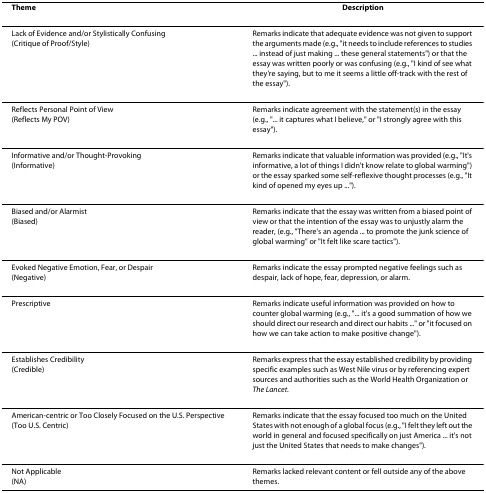
<table><thead><tr><td><b>Theme</b></td><td><b>Description</b></td></tr></thead><tbody><tr><td>Lack of Evidence and/or Stylistically Confusing(Critique of Proof/Style)</td><td>Remarks indicate that adequate evidence was not given to support the arguments made (e.g., &quot;it needs to include references to studies ... instead of just making ... these general statements&quot;) or that the essay was written poorly or was confusing (e.g., &quot;I kind of see what they&#x27;re saying, but to me it seems a little off-track with the rest of the essay&quot;).</td></tr><tr><td>Reflects Personal Point of View(Reflects My POV)</td><td>Remarks indicate agreement with the statement(s) in the essay (e.g., &quot;... it captures what I believe,&quot; or &quot;I strongly agree with this essay&quot;).</td></tr><tr><td>Informative and/or Thought-Provoking(Informative)</td><td>Remarks indicate that valuable information was provided (e.g., &quot;It&#x27;s informative, a lot of things I didn&#x27;t know relate to global warming&quot;) or the essay sparked some self-reflexive thought processes (e.g., &quot;It kind of opened my eyes up ...&quot;).</td></tr><tr><td>Biased and/or Alarmist(Biased)</td><td>Remarks indicate that the essay was written from a biased point of view or that the intention of the essay was to unjustly alarm the reader, (e.g., &quot;There&#x27;s an agenda ... to promote the junk science of global warming&quot; or &quot;It felt like scare tactics&quot;).</td></tr><tr><td>Evoked Negative Emotion, Fear, or Despair(Negative)</td><td>Remarks indicate the essay prompted negative feelings such as despair, lack of hope, fear, depression, or alarm.</td></tr><tr><td>Prescriptive</td><td>Remarks indicate useful information was provided on how to counter global warming (e.g., &quot;... it&#x27;s a good summation of how we should direct our research and direct our habits ...&quot; or &quot;it focused on how we can take action to make positive change&quot;).</td></tr><tr><td>Establishes Credibility(Credible)</td><td>Remarks express that the essay established credibility by providing specific examples such as West Nile virus or by referencing expert sources and authorities such as the World Health Organization or <i>The Lancet</i>.</td></tr><tr><td>American-centric or Too Closely Focused on the U.S. Perspective(Too U.S. Centric)</td><td>Remarks indicate that the essay focused too much on the United States with not enough of a global focus (e.g., &quot;I felt they left out the world in general and focused specifically on just America ... it&#x27;s not just the United States that needs to make changes&quot;).</td></tr><tr><td>Not Applicable(NA)</td><td>Remarks lacked relevant content or fell outside any of the above themes.</td></tr></tbody></table>